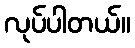
လုပ်ပါတယ်။